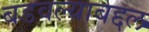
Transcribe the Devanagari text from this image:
बडवल्याबद्दल